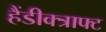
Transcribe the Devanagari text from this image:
हैंडीक्त्राफ्ट